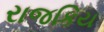
રાજકિય